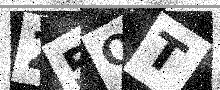
Text: 25OT